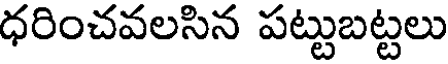
ధరించవలసిన పట్టుబట్టలు